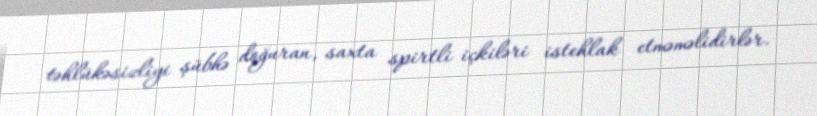
təhlükəsizliyi şübhə doğuran, saxta spirtli içkiləri istehlak etməməlidirlər.